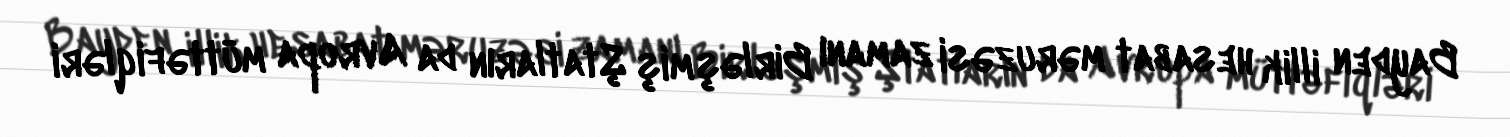
Bayden illik hesabat məruzəsi zamanı Birləşmiş Ştatların da Avropa müttəfiqləri